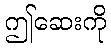
ဤဆေးကို